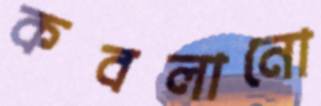
কবলানো